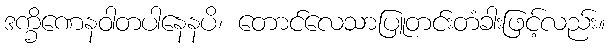
ဒက္ခိဏေနဝါတပါနေနပိ၊ တောင်လေသာပြူတင်းတံခါးဖြင့်လည်း။